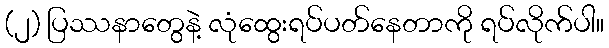
(၂) ပြဿနာတွေနဲ့ လုံထွေးရပ်ပတ်နေတာကို ရပ်လိုက်ပါ။